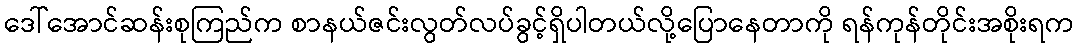
ဒေါ်အောင်ဆန်းစုကြည်က စာနယ်ဇင်းလွတ်လပ်ခွင့်ရှိပါတယ်လို့ပြောနေတာကို ရန်ကုန်တိုင်းအစိုးရက